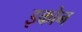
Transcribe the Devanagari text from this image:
इकोन